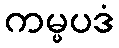
ကမ္မပဒံ